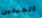
الجيدين